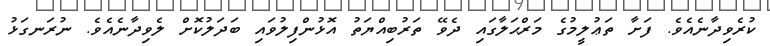
ކުރެވިދާނެއެވެ. ފަށާ ތަޢުލީމުގެ މަރްޙަލާގައި ދެވޭ ތަރުބިއްޔަތު އޮޅުންފިލުވައި ބަދަލުކޮށް ލެވިދާނެއެވެ. ނުރަނގަޅު